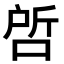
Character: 𭈝